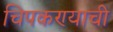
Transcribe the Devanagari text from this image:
चिपकण्याची